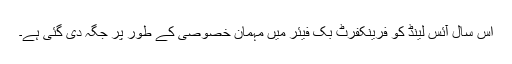
اس سال آئس لینڈ کو فرینکفرٹ بُک فیئر میں مہمان خصوصی کے طور پر جگہ دی گئی ہے۔